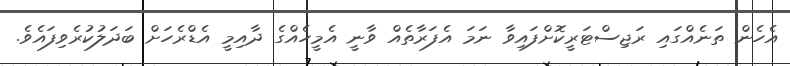
އެހެން ތަނެއްގައި ރަޖިސްޓަރީކޮށްފައިވާ ނަމަ އެފަރާތެއް ވާނީ އެމީހެއްގެ ދާއިމީ އެޑްރެހަށް ބަދަލުކުރެވިފައެވެ.